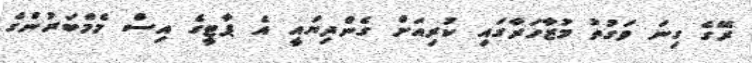
ރޭގެ ގިނަ ވަގުތު މުޒާހަރާގައި ކުރިއަށް ގެންދިޔައީ އެ ޕާޓީގެ އިސް މެމްބަރުންގެ